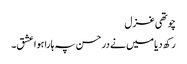
چوتھی غزل
رکھ دیا میں نے در حسن پہ ہارا ہوا عشق۔